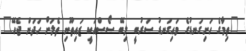
"ތިމާގެ ހަށިގަނޑުގެ މައިގަނޑު ސަރުބީ ލިބޭ ސޯސްއަކީ ޒައިތޫނި ތެލަށް ހަދަން ޖެހޭ"